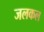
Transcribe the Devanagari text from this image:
जलकल